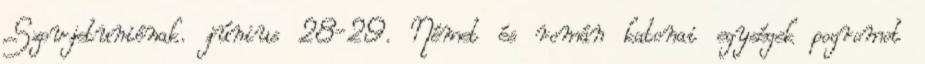
Szovjetuniónak. június 28-29. Német és román katonai egységek pogromot